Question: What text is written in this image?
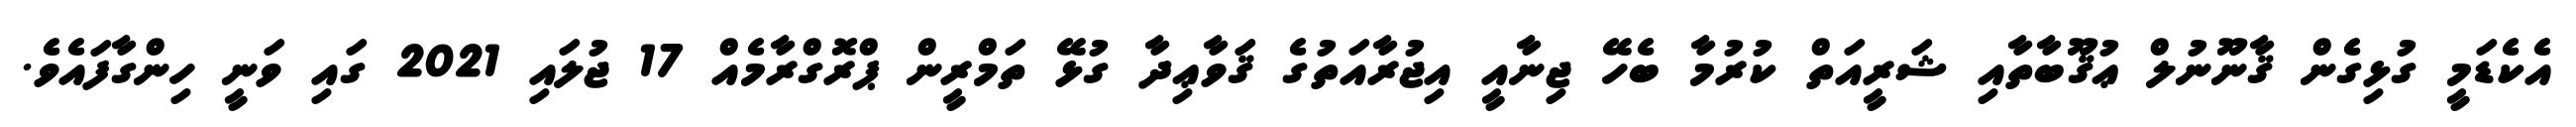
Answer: އެކެޑަމީ ގުޅިގެން ޤާނޫނުލް ޢުޤޫބާތާއި ޝަރީއަތް ކުރުމާ ބެހޭ ޖިނާއީ އިޖުރާއަތުގެ ޤަވާޢިދާ ގުޅޭ ތަމްރީން ޕްރޮގްރާމެއް 17 ޖުލައި 2021 ގައި ވަނީ ހިންގާފައެވެ.